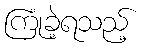
ကြုံခဲ့ရသည့်